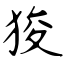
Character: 狻